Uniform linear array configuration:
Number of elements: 12
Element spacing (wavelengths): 0.25
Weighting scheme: uniform
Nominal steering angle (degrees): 15
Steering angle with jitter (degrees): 13.705
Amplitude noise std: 0.05
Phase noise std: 0.05

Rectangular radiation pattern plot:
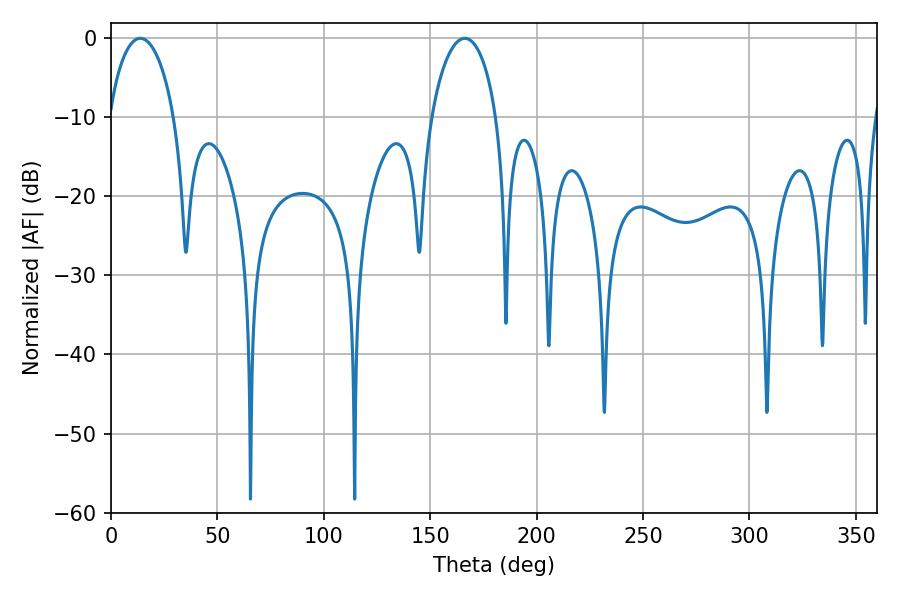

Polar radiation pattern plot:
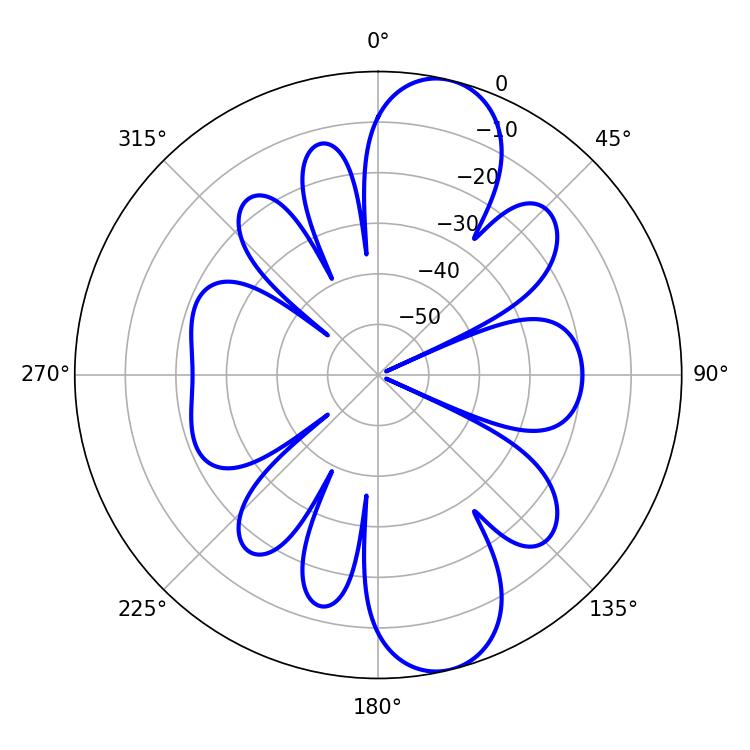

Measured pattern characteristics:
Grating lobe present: FALSE
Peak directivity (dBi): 10.998
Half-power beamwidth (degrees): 17.46
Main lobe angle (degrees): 13.68